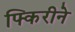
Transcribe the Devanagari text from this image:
फ्किरीने